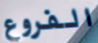
الفروع